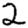
Digit: 2